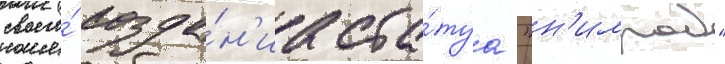
своего́ созда́н'иа ста́туа "н'имрод"